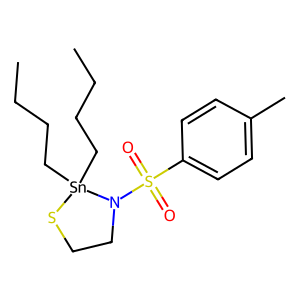
SMILES: CCCC[Sn]1(CCCC)SCCN1S(=O)(=O)c1ccc(C)cc1
Inhibits HIV replication: No